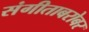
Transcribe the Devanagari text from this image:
संगीताबरोबर